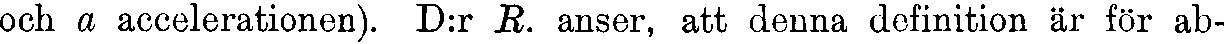
och a accelerationen). D:r R. anser, att denna definition är för ab-